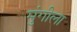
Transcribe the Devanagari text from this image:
मुंगीला